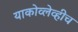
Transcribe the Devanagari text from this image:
याकोव्लेव्हीच